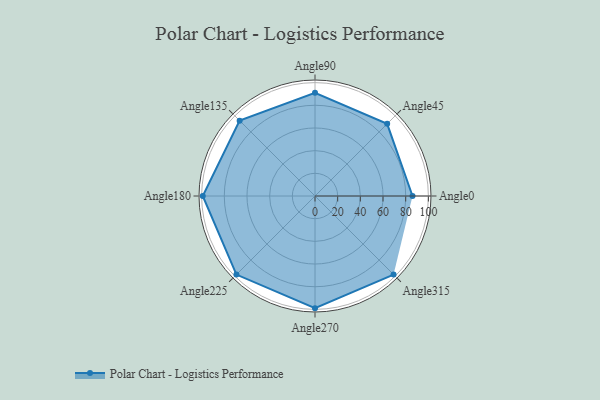
{"axis": {"x": "Angle", "y": "Radius"}, "legend": [""], "data": [{"x": "Angle0", "y": 86.0, "type": ""}, {"x": "Angle45", "y": 90.0, "type": ""}, {"x": "Angle90", "y": 91.0, "type": ""}, {"x": "Angle135", "y": 94.0, "type": ""}, {"x": "Angle180", "y": 99.0, "type": ""}, {"x": "Angle225", "y": 98.0, "type": ""}, {"x": "Angle270", "y": 99.0, "type": ""}, {"x": "Angle315", "y": 98.0, "type": ""}]}